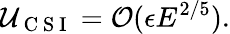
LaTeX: \mathcal{U}_{\mathrm{~C~S~I~}}=\mathcal{O}(\epsilon E^{2/5}).